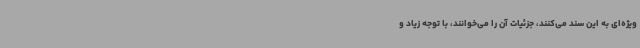
ویژه‌ای به این سند می‌کنند، جزئیات آن را می‌خوانند، با توجه زیاد و